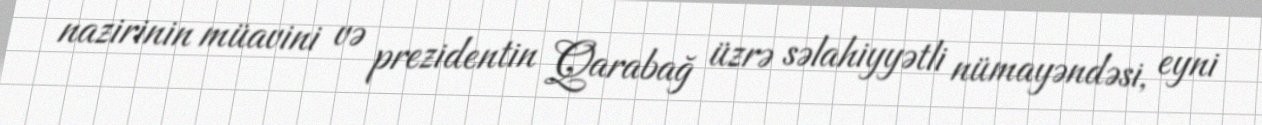
nazirinin müavini və prezidentin Qarabağ üzrə səlahiyyətli nümayəndəsi, eyni